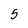
Character: 5